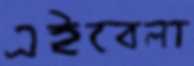
এইবেলা